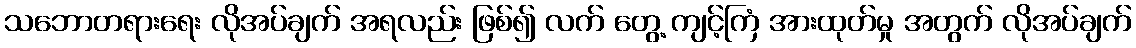
သဘောတရားရေး လိုအပ်ချက် အရလည်း ဖြစ်၍ လက် တွေ့ ကျင့်ကြံ အားထုတ်မှု အတွက် လိုအပ်ချက်